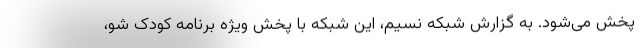
پخش می‌شود. به گزارش شبکه نسیم، این شبکه با پخش ویژه برنامه کودک شو،